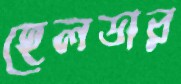
হেলডার